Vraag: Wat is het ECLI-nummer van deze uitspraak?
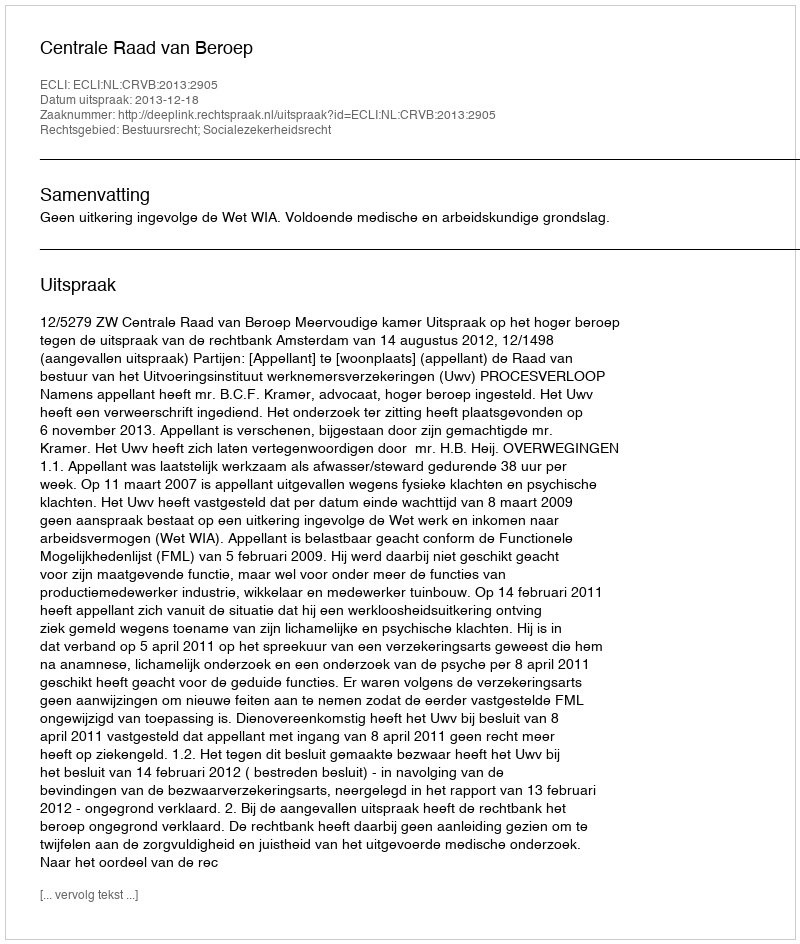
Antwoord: ECLI:NL:CRVB:2013:2905